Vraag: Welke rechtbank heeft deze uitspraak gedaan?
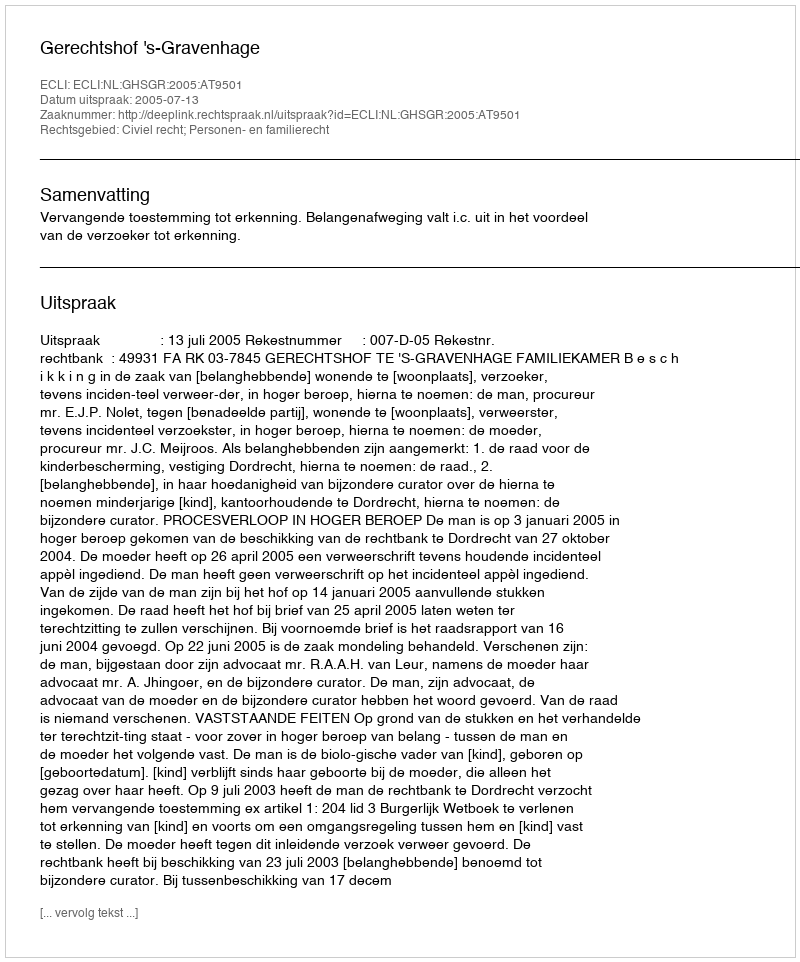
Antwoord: Gerechtshof 's-Gravenhage